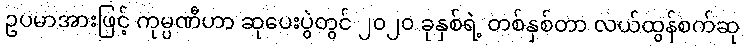
ဥပမာအားဖြင့် ကုမ္ပဏီဟာ ဆုပေးပွဲတွင် ၂၀၂၀ ခုနှစ်ရဲ့ တစ်နှစ်တာ လယ်ထွန်စက်ဆု